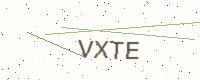
Text: VXTE